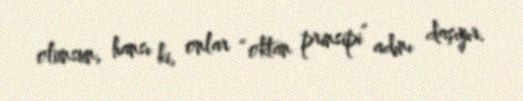
olunsun, hansı ki, onlar “oktan prinsipi” adını daşıyır.